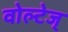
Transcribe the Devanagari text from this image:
वोल्टेज्